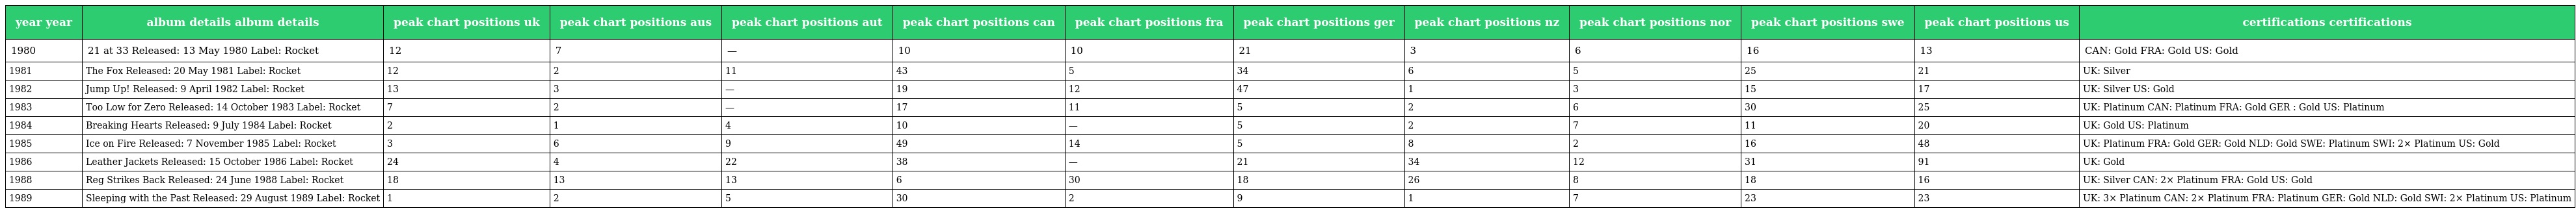
| year year | album details album details | peak chart positions uk | peak chart positions aus | peak chart positions aut | peak chart positions can | peak chart positions fra | peak chart positions ger | peak chart positions nz | peak chart positions nor | peak chart positions swe | peak chart positions us | certifications certifications |
 | --- | --- | --- | --- | --- | --- | --- | --- | --- | --- | --- | --- | --- |
 | 1980 | 21 at 33 Released: 13 May 1980 Label: Rocket | 12 | 7 | — | 10 | 10 | 21 | 3 | 6 | 16 | 13 | CAN: Gold FRA: Gold US: Gold |
 | 1981 | The Fox Released: 20 May 1981 Label: Rocket | 12 | 2 | 11 | 43 | 5 | 34 | 6 | 5 | 25 | 21 | UK: Silver |
 | 1982 | Jump Up! Released: 9 April 1982 Label: Rocket | 13 | 3 | — | 19 | 12 | 47 | 1 | 3 | 15 | 17 | UK: Silver US: Gold |
 | 1983 | Too Low for Zero Released: 14 October 1983 Label: Rocket | 7 | 2 | — | 17 | 11 | 5 | 2 | 6 | 30 | 25 | UK: Platinum CAN: Platinum FRA: Gold GER : Gold US: Platinum |
 | 1984 | Breaking Hearts Released: 9 July 1984 Label: Rocket | 2 | 1 | 4 | 10 | — | 5 | 2 | 7 | 11 | 20 | UK: Gold US: Platinum |
 | 1985 | Ice on Fire Released: 7 November 1985 Label: Rocket | 3 | 6 | 9 | 49 | 14 | 5 | 8 | 2 | 16 | 48 | UK: Platinum FRA: Gold GER: Gold NLD: Gold SWE: Platinum SWI: 2× Platinum US: Gold |
 | 1986 | Leather Jackets Released: 15 October 1986 Label: Rocket | 24 | 4 | 22 | 38 | — | 21 | 34 | 12 | 31 | 91 | UK: Gold |
 | 1988 | Reg Strikes Back Released: 24 June 1988 Label: Rocket | 18 | 13 | 13 | 6 | 30 | 18 | 26 | 8 | 18 | 16 | UK: Silver CAN: 2× Platinum FRA: Gold US: Gold |
 | 1989 | Sleeping with the Past Released: 29 August 1989 Label: Rocket | 1 | 2 | 5 | 30 | 2 | 9 | 1 | 7 | 23 | 23 | UK: 3× Platinum CAN: 2× Platinum FRA: Platinum GER: Gold NLD: Gold SWI: 2× Platinum US: Platinum |